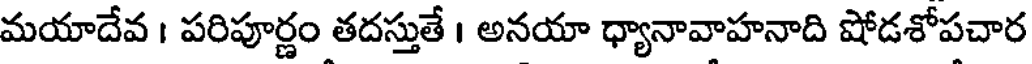
మయాదేవ । పరిపూర్ణం తదస్తుతే । అనయా ధ్యానావాహనాది షోడశోపచార